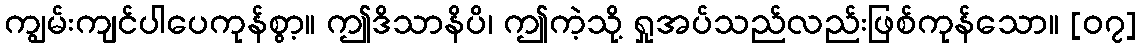
ကျွမ်းကျင်ပါပေကုန်စွာ့။ ဤဒိသာနိပိ၊ ဤကဲ့သို့ ရှုအပ်သည်လည်းဖြစ်ကုန်သော။ [၀၇]